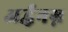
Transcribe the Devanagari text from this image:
अर्द्धनग्न